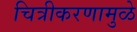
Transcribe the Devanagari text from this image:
चित्रीकरणामुळे